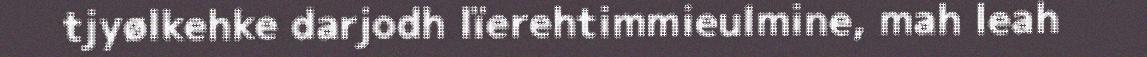
tjyølkehke darjodh lïerehtimmieulmine, mah leah